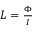
\begin{array} { r } { L = \frac { \Phi } { I } } \end{array}